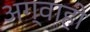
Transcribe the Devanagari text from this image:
अग्वाही